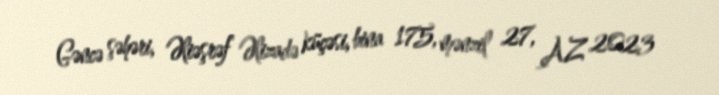
Gəncə şəhəri, Əliəşrəf Əlizadə küçəsi, bina 175, mənzil 27, AZ 2023